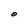
Character: O